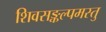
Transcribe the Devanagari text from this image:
शिवसङ्कल्पमस्तु